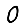
Digit: 0